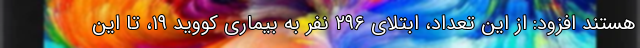
هستند افزود: از این تعداد، ابتلای ۲۹۶ نفر به بیماری کووید ۱۹، تا این